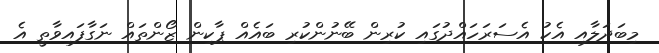
މިބަދަލާއި އެކު އެސަރަހައްދުގައި ކުރިން ބޭނުންކުރި ބައެއް ޕާކިން ޒޯންތައް ނަގާފައިވާތީ އެ